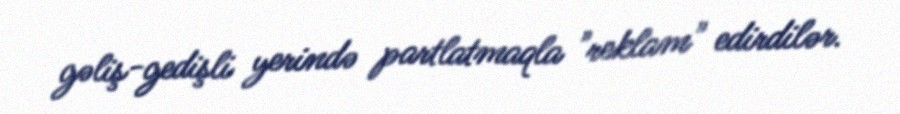
gəliş-gedişli yerində partlatmaqla "reklam" edirdilər.